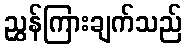
ညွှန်ကြားချက်သည်